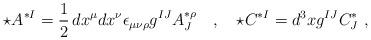
LaTeX: \begin{align*}\star A^{*I}=\frac 12\, dx^\mu dx^\nu \epsilon_{\mu\nu\rho} g^{IJ} A^{*\rho}_J\quad,\quad\star C^{*I}= d^3x g^{IJ} C^*_J\ ,\end{align*}